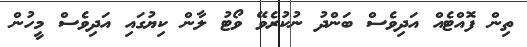
ތިން ފޮއްޓެއް އަދިވެސް ބަންދު ނުކުރެވޭ ވޯޓު ލާން ކިޔުގައި އަދިވެސް މީހުން